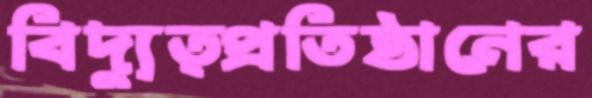
বিদ্যুত্প্রতিষ্ঠানের